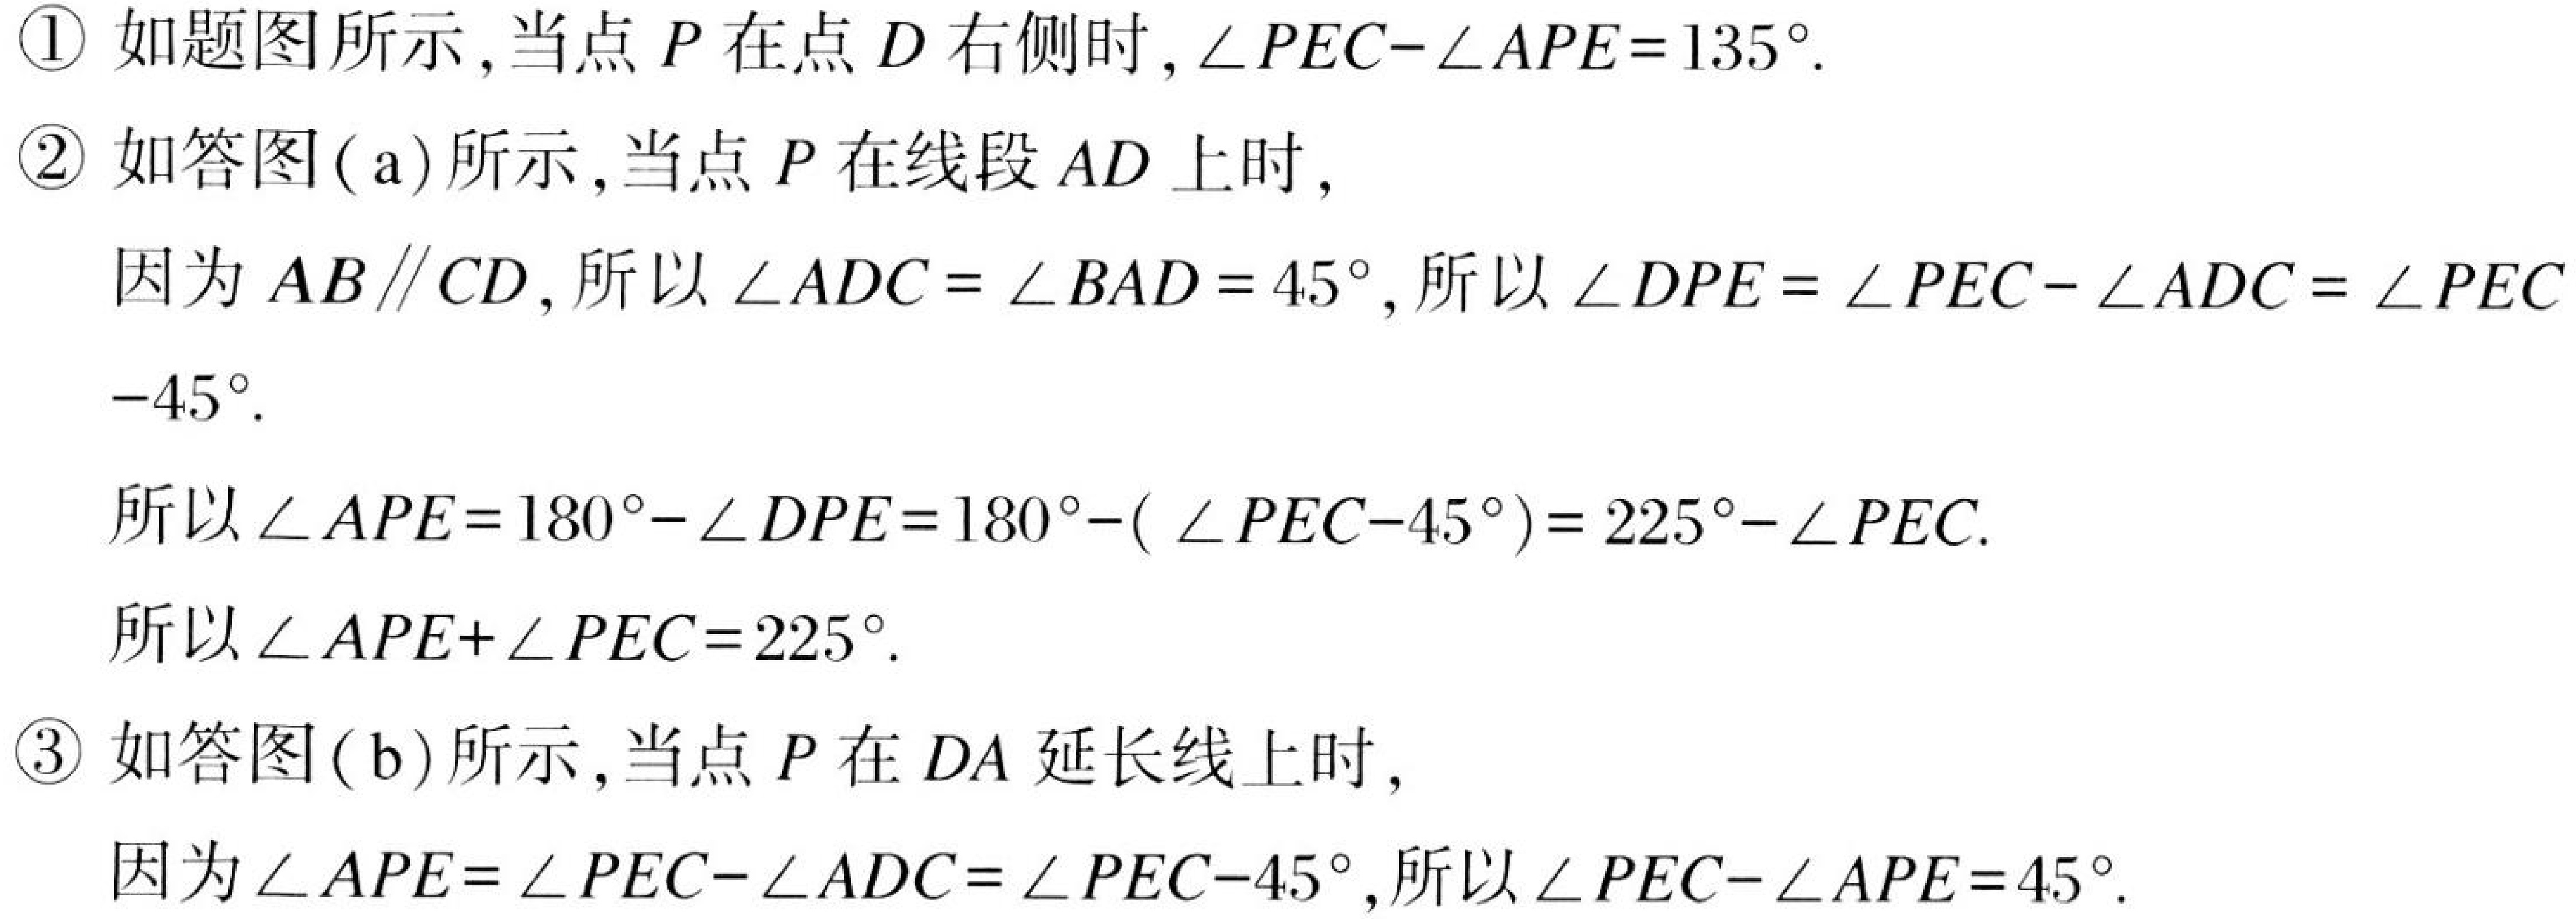
\textcircled{1} 如题图所示,当点 \(P\) 在点 \(D\) 右侧时, \(\angle PEC - \angle APE=135^{\circ}\).
\textcircled{2} 如答图(a)所示,当点 \(P\) 在线段 \(AD\) 上时,
因为 \(AB\parallel CD\),所以 \(\angle ADC = \angle BAD = 45^{\circ}\),所以 \(\angle DPE=\angle PEC - \angle ADC=\angle PEC - 45^{\circ}\).
所以 \(\angle APE = 180^{\circ}-\angle DPE=180^{\circ}-(\angle PEC - 45^{\circ})=225^{\circ}-\angle PEC\).
所以 \(\angle APE+\angle PEC = 225^{\circ}\).
\textcircled{3} 如答图(b)所示,当点 \(P\) 在 \(DA\) 延长线上时,
因为 \(\angle APE=\angle PEC - \angle ADC=\angle PEC - 45^{\circ}\),所以 \(\angle PEC - \angle APE = 45^{\circ}\).